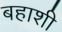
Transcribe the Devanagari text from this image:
बहाशी